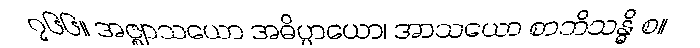
၇၆၆။ အဇ္ဈာသယော အဓိပ္ပာယော၊ အာသယော စာဘိသန္ဓိ စ။